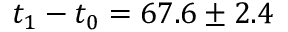
t _ { 1 } - t _ { 0 } = 6 7 . 6 \pm 2 . 4